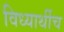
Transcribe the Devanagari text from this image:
विध्यार्थीच